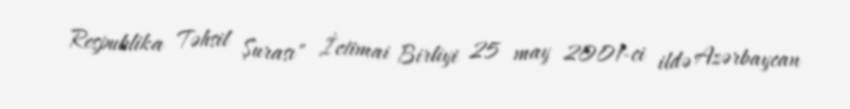
Respublika Təhsil Şurası" İctimai Birliyi 25 may 2001-ci ildə Azərbaycan